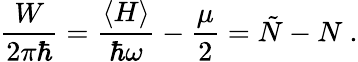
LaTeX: {\frac{W}{2\pi\hbar}}={\frac{\langle H\rangle}{\hbar\omega}}-{\frac{\mu}{2}}=\tilde{N}-N\ .